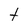
Character: t